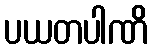
ပယတပါဏိ